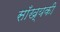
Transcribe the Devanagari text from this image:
साँख्यकी